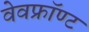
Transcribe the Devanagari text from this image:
वेवफ्रॉण्ट